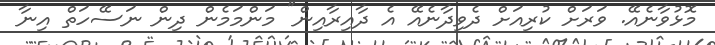
މޮޅުވާނެއޭ. ވަރަށް ކުރިއަށް ދެވިދާނެއޭ އެ ދާއިރާއިން" މަންމަމެން ދިން ނަސޭހަތް އިނާ